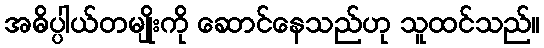
အဓိပ္ပါယ်တမျိုးကို ဆောင်နေသည်ဟု သူထင်သည်။